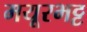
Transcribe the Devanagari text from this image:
मयूरभट्ट